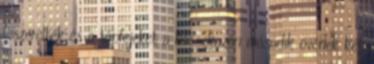
leszerelték és a tápfejeket a hosszkazán második övének két